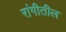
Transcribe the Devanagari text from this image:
रांगीतील